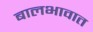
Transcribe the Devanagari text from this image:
बालभावात